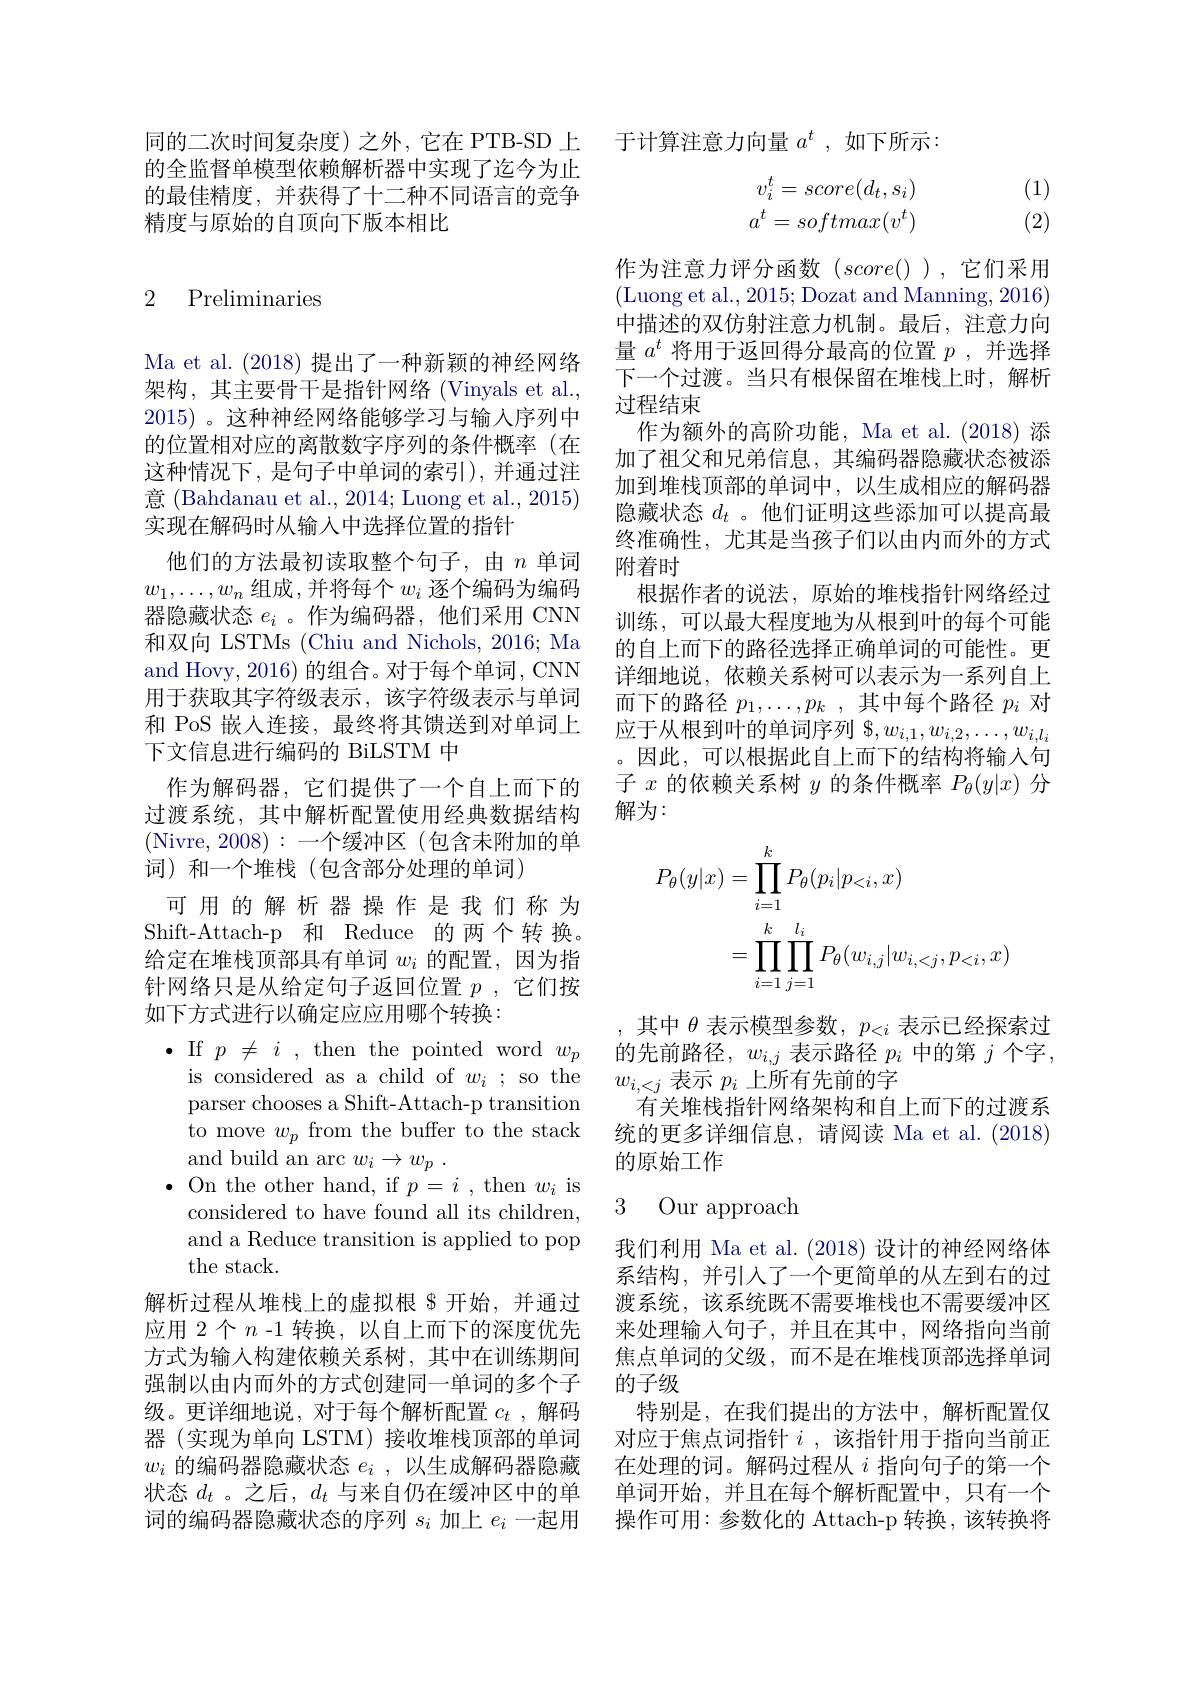
的全监督单模型依赖解析器中实现了迄今为止的最佳精度，并获得了十二种不同语言的竞争精度与原始的自顶向下版本相比

### 2 Preliminaries

Ma et al. (2018)提出了一种新颖的神经网络架构，其主要骨干是指针网络(Vinyals et al., 2015) 。这种神经网络能够学习与输入序列中的位置相对应的离散数字序列的条件概率(在这种情况下，是句子中单词的索引), 并通过注意 (Bahdanau et al., 2014; Luong et al., 2015) 实现在解码时从输入中选择位置的指针
他们的方法最初读取整个句子，由$n$单词$w_1,\ldots,w_n$组成 ,并将每个$w_i$逐个编码为编码器隐藏状态$e_i$ 。作为编码器，他们采用 CNN 和双向 LSTMs (Chiu and Nichols, 2016; Ma and Hovy, 2016) 的组合。对于每个单词，CNN 用于获取其字符级表示，该字符级表示与单词和 PoS 嵌人连接，最终将其馈送到对单词上下文信息进行编码的 BiLSTM 中
作为解码器，它们提供了一个自上而下的过渡系统，其中解析配置使用经典数据结构(Nivre,2008):一个缓冲区(包含未附加的单词)和一个堆栈(包含部分处理的单词)
可用的解析器操作是我们称为Shift-Attach-p 和 Reduce 的两个转换。给定在堆栈顶部具有单词$w_i$的配置，因为指针网络只是从给定句子返回位置$p$ ,它们按如下方式进行以确定应应用哪个转换：
$\bullet$If$p\neq i$,then the pointed word$w_p$ is considered as a child of $w_i$ ; so the parser chooses a Shift-Attach-p transition to move $w_p$ from the buffer to the stack and build an arc $w_i\to w_p$ .
$\bullet$ On the other hand, if $p=i$ , then $w_i$ is considered to have found all its children, and a Reduce transition is applied to pop the stack.
解析过程从堆栈上的虚拟根 $开始，并通过应用 2个$n$ -1 转换，以自上而下的深度优先方式为输入构建依赖关系树，其中在训练期间强制以由内而外的方式创建同一单词的多个子级。更详细地说，对于每个解析配置$c_t$ ,解码器(实现为单向 LSTM)接收堆栈顶部的单词$w_i$的编码器隐藏状态$e_i$,以生成解码器隐藏状态$d_t$ 。之后，$d_t$与来自仍在缓冲区中的单词的编码器隐藏状态的序列$s_i$加上$e_i$一起用

同的二次时间复杂度)之外，它在 PTB-SD 上 于计算注意力向量$a^t$,如下所示：
$$\begin{aligned}v_i^t&=score(d_t,s_i)\\a^t&=softmax(v^t)\end{aligned}$$
(1) (2)

作为注意力评分函数(score()),它们采用(Luong et al., 2015; Dozat and Manning, 2016) 中描述的双仿射注意力机制。最后，注意力向量$a^t$将用于返回得分最高的位置$p$ ,并选择下一个过渡。当只有根保留在堆栈上时，解析过程结束
作为额外的高阶功能，Ma et al.(2018) 添加了祖父和兄弟信息，其编码器隐藏状态被添加到堆栈顶部的单词中，以生成相应的解码器隐藏状态$d_t$ 。他们证明这些添加可以提高最终准确性，尤其是当孩子们以由内而外的方式附着时
根据作者的说法，原始的堆栈指针网络经过训练，可以最大程度地为从根到叶的每个可能的自上而下的路径选择正确单词的可能性。更详细地说，依赖关系树可以表示为一系列自上而下的路径$p_1,\ldots,p_k$ ,其中每个路径$p_i$对应于从根到叶的单词序列$\$,w_{i,1},w_{i,2},\ldots,w_{i,l_i}$ 。因此，可以根据此自上而下的结构将输入句子$x$的依赖关系树$y$的条件概率$P_\theta(y|x)$分解为：
$$\begin{aligned}P_{\theta}(y|x)&=\prod_{i=1}^kP_\theta(p_i|p_{<i},x)\\&=\prod_{i=1}^k\prod_{j=1}^{l_i}P_\theta(w_{i,j}|w_{i,<j},p_{<i},x)\end{aligned}$$
,其中$\theta$表示模型参数$,p_<i$表示已经探索过的先前路径，$w_i,j$表示路径$p_i$中的第$j$个字， $w_{i,<j}$表示$p_i$上所有先前的字
有关堆栈指针网络架构和自上而下的过渡系统的更多详细信息，请阅读 Ma et al. (2018) 的原始工作

### 3 Our approach

我们利用 Ma et al. (2018)设计的神经网络体系结构，并引入了一个更简单的从左到右的过渡系统，该系统既不需要堆栈也不需要缓冲区来处理输入句子，并且在其中，网络指向当前焦点单词的父级，而不是在堆栈顶部选择单词的子级
特别是，在我们提出的方法中，解析配置仅对应于焦点词指针$i$ ,该指针用于指向当前正在处理的词。解码过程从$i$指向句子的第一个单词开始，并且在每个解析配置中，只有一个操作可用：参数化的 Attach-p 转换，该转换将